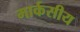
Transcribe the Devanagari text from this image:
मार्कसीय